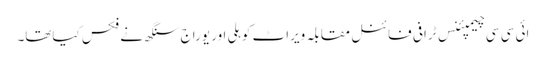
ائی سی سی چیمپئنس ٹرافی فائنل مقابلہ ویراٹ کوہلی اور یوراج سنگھ نے فکس کیاتھا۔